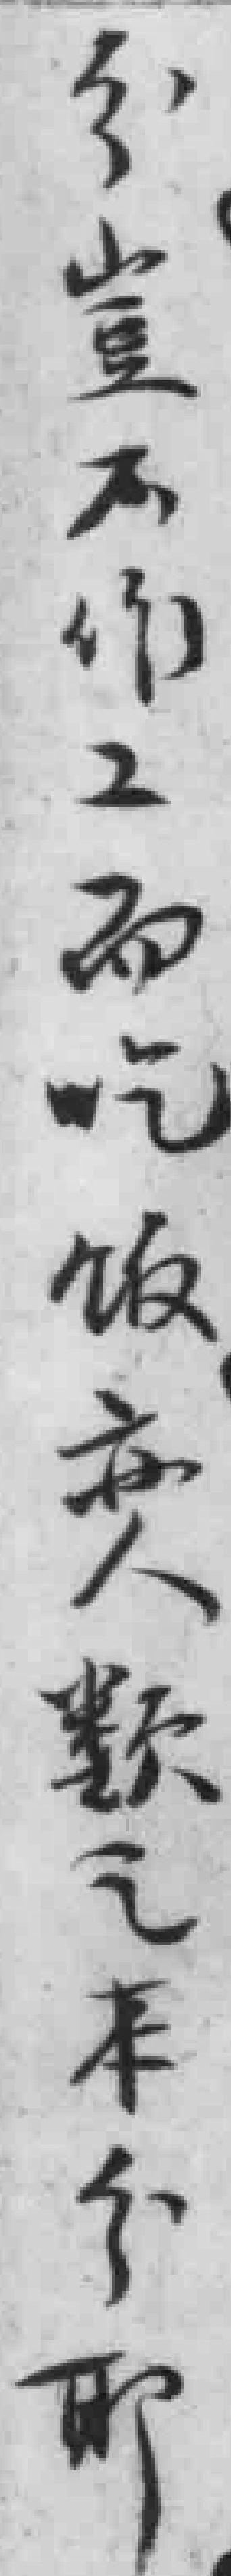
分豈不作工而吃饭亦人類之本分耶